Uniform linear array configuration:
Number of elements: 16
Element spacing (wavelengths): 0.25
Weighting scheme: uniform
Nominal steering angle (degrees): -15
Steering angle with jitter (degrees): -16.402
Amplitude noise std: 0.05
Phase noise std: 0.05

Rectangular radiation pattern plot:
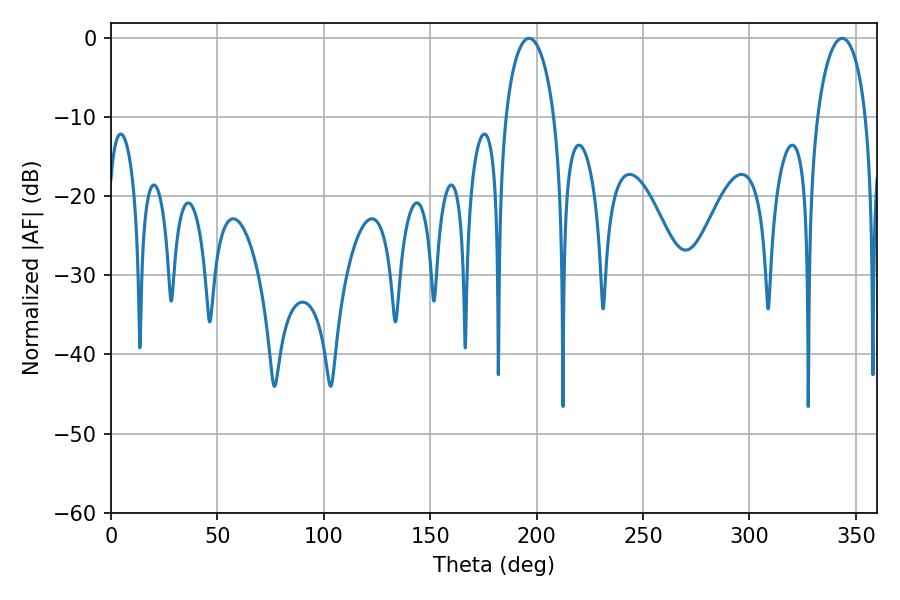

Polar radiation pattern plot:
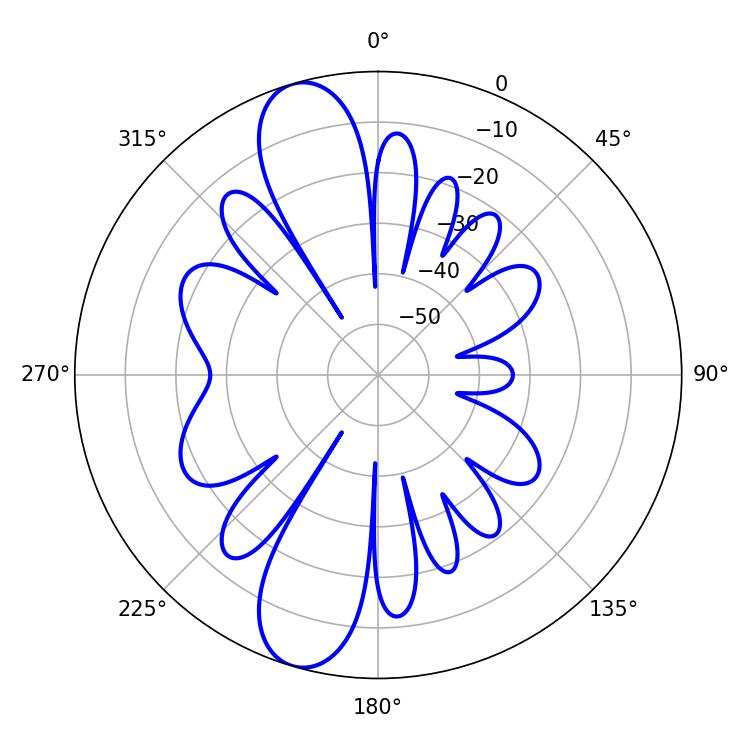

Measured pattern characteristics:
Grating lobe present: FALSE
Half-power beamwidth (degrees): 13.14
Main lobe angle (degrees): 196.38